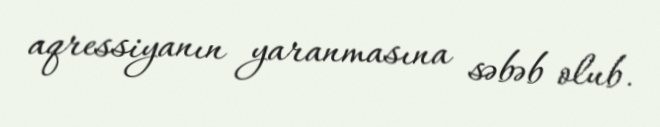
aqressiyanın yaranmasına səbəb olub.